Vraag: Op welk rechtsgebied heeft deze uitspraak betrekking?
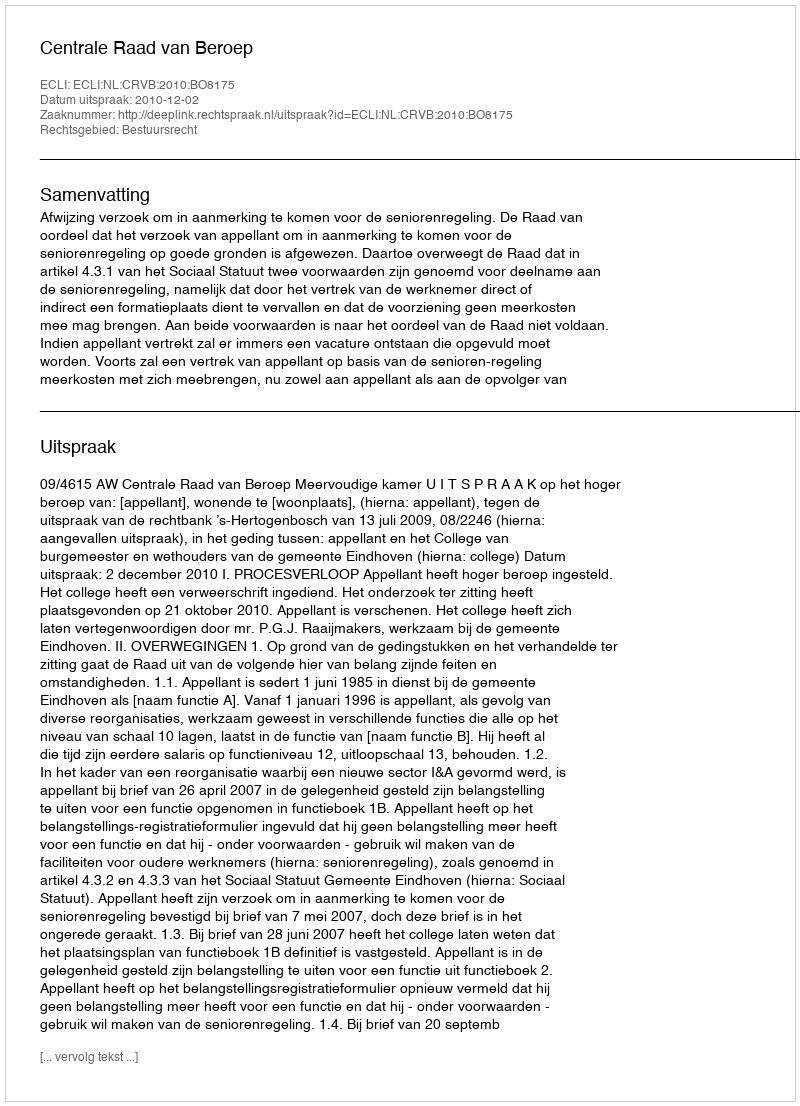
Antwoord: Bestuursrecht